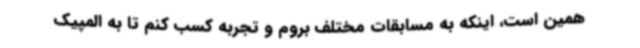
همین است، اینکه به مسابقات مختلف بروم و تجربه کسب کنم تا به المپیک